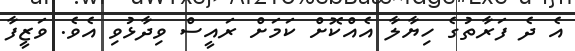
އެ ދެ ފަރާތުގެ ހިޔާލާ އެއްކޮށް ކަމަށް ރައީސް ވިދާޅުވި އެވެ. ވަޒީފާ